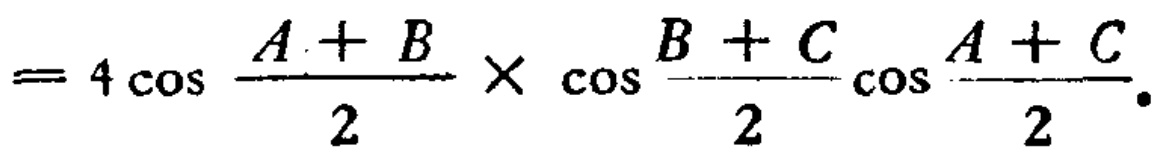
$= 4\cos \frac{A + B}{2} \times \cos \frac{B + C}{2} \cos \frac{A + C}{2}.$